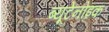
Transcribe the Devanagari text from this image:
ब्यूटेनोइक